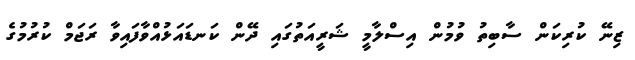
ޒިނޭ ކުރިކަން ސާބިތު ވުމުން އިސްލާމީ ޝަރީއަތުގައި ދޭން ކަނޑައަޅުއްވާފައިވާ ރަޖަމް ކުރުމުގެ